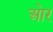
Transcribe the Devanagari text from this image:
आ॓र